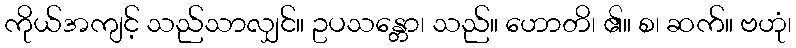
ကိုယ်အကျင့် သည်သာလျှင်။ ဥပသန္တော၊ သည်။ ဟောတိ၊ ၏။ စ၊ ဆက်။ ဗဟုံ၊